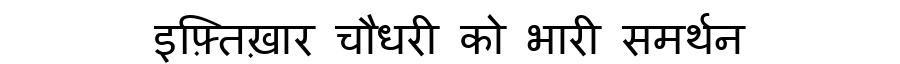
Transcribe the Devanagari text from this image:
इफ़्तिख़ार चौधरी को भारी समर्थन